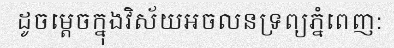
ដូចម្តេចក្នុងវិស័យអចលនទ្រព្យភ្នំពេញ: